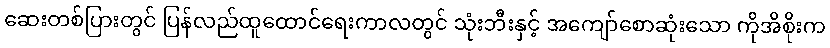
ဆေးတစ်ပြားတွင် ပြန်လည်ထူထောင်ရေးကာလတွင် သုံးဘီးနှင့် အကျော်စောဆုံးသော ကိုအိစိုးက